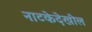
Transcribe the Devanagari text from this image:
नाटकेदेखील